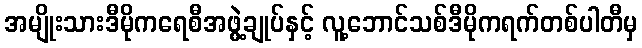
အမျိုးသားဒီမိုကရေစီအဖွဲ့ချုပ်နှင့် လူ့ဘောင်သစ်ဒီမိုကရက်တစ်ပါတီမှ